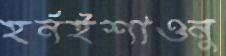
হর্নইশাওনু